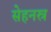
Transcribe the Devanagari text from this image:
सेहनस्र